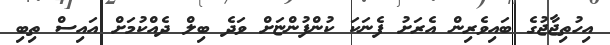
އިހުތިޖާޖުގެ ބައިވެރިން އެރަށު ފެނަކަ ކުންފުންޏަށް ވަދެ ބިލް ދެއްކުމަށް އައިސް ތިބި